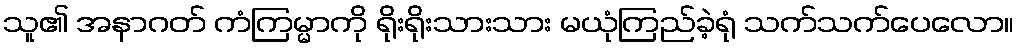
သူ၏ အနာဂတ် ကံကြမ္မာကို ရိုးရိုးသားသား မယုံကြည်ခဲ့ရုံ သက်သက်ပေလော။